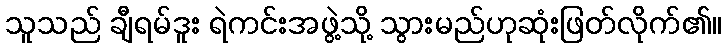
သူသည် ချီရမ်ဒူး ရဲကင်းအဖွဲ့သို့ သွားမည်ဟုဆုံးဖြတ်လိုက်၏။